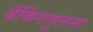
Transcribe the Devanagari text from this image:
बैंकिंगतुलना